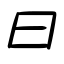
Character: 曰